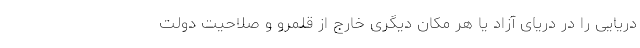
دریایی را در دریای آزاد یا هر مکان دیگری خارج از قلمرو و صلاحیت دولت